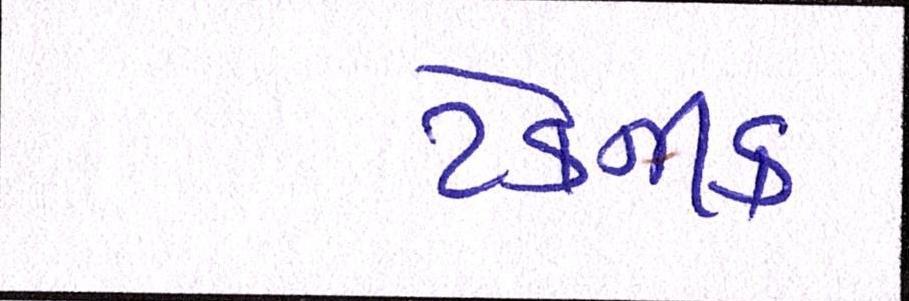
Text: ટેકનીક